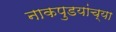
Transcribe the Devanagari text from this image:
नाकपुडयांच्या